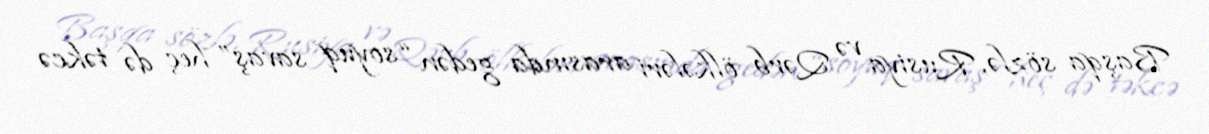
Başqa sözlə, Rusiya və Qərb ölkələri arasında gedən “soyuq savaş” heç də təkcə